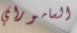
الساموراي